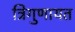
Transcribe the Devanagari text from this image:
त्रिगुणायत